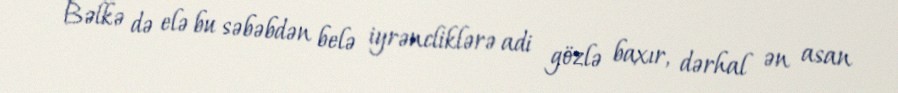
Bəlkə də elə bu səbəbdən belə iyrəncliklərə adi gözlə baxır, dərhal ən asan